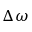
\Delta \omega